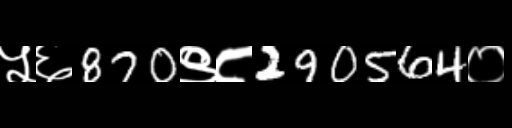
Text: ५६870९८290564०